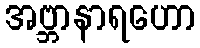
အဗ္ဘာနာရဟော